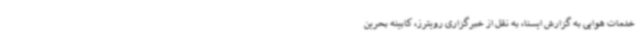
خدمات هوایی به گزارش ایسنا، به نقل از خبرگزاری رویترز، کابینه بحرین